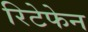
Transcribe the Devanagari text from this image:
रिटेफेन